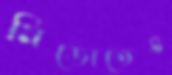
মিডোতেও